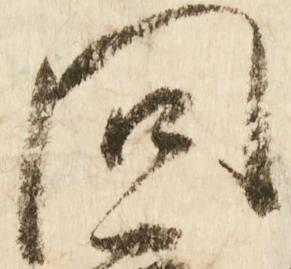
問